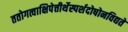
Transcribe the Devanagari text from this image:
ततोगत्वाक्षिपेत्तीर्थेस्पर्शदोषोनविद्यते